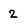
Character: 2